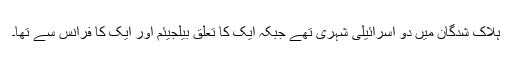
ہلاک شدگان میں دو اسرائیلی شہری تھے جبکہ ایک کا تعلق بیلجیئم اور ایک کا فرانس سے تھا۔